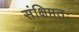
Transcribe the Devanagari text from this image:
संक्षिप्ततः